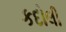
કદોલી